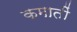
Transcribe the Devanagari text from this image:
कमातीं